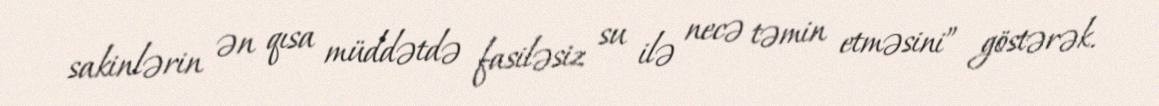
sakinlərin ən qısa müddətdə fasiləsiz su ilə necə təmin etməsini” göstərək.